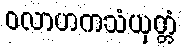
ဝလာဟကသံယုတ္တံ